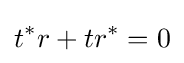
t^{*}r+tr^{*}=0